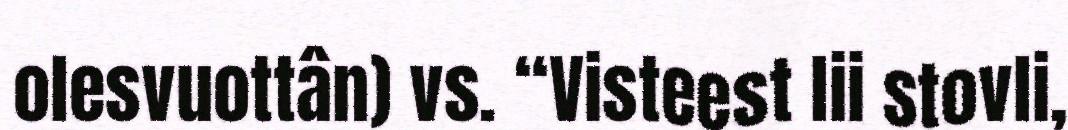
olesvuottân) vs. “Visteest lii stovli,